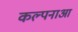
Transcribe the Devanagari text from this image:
कल्पनाआ